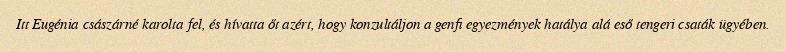
Itt Eugénia császárné karolta fel, és hívatta őt azért, hogy konzultáljon a genfi egyezmények hatálya alá eső tengeri csaták ügyében.